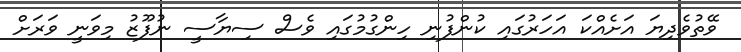
ވޭތުވެދިޔަ އަށެއްކަ އަހަރުގައި ކުންފުނި ހިންގުމުގައި ވެސް ސިޔާސީ ނުފޫޒު މިވަނީ ވަރަށް